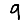
Digit: 9